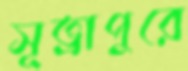
সূত্রাপুরে